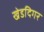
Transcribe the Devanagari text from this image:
खेडदिगर